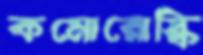
কমোরোস্কি